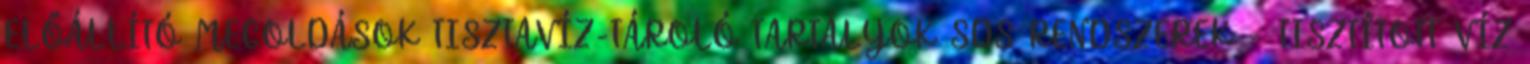
ELŐÁLLÍTÓ MEGOLDÁSOK TISZTAVÍZ-TÁROLÓ TARTÁLYOK SDS RENDSZEREK – TISZTÍTOTT VÍZ